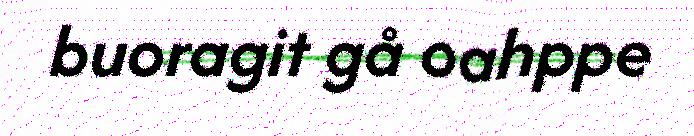
buoragit gå oahppe